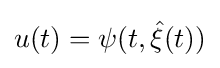
u(t)=\psi (t,{\hat {\xi }}(t))